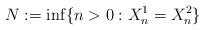
LaTeX: \begin{align*}N := \inf\{n > 0: X_n^1 = X_n^2\} \end{align*}